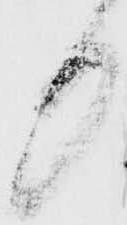
る